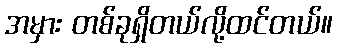
အမှား တစ်ခုရှိတယ်လို့ထင်တယ်။